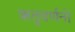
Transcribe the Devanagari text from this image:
ऋतुवर्णनों